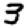
Digit: 3